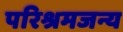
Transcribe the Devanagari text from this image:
परिश्रमजन्य